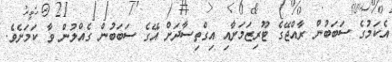
އެކަމުގެ ސަބަބުން ރާއްޖޭގެ ޓޫރިޒަމަށާއި އިގްތިސާދަށް އޭގެ ސަބަބުން ގެއްލުން ވާ ކަމަށެވެ.